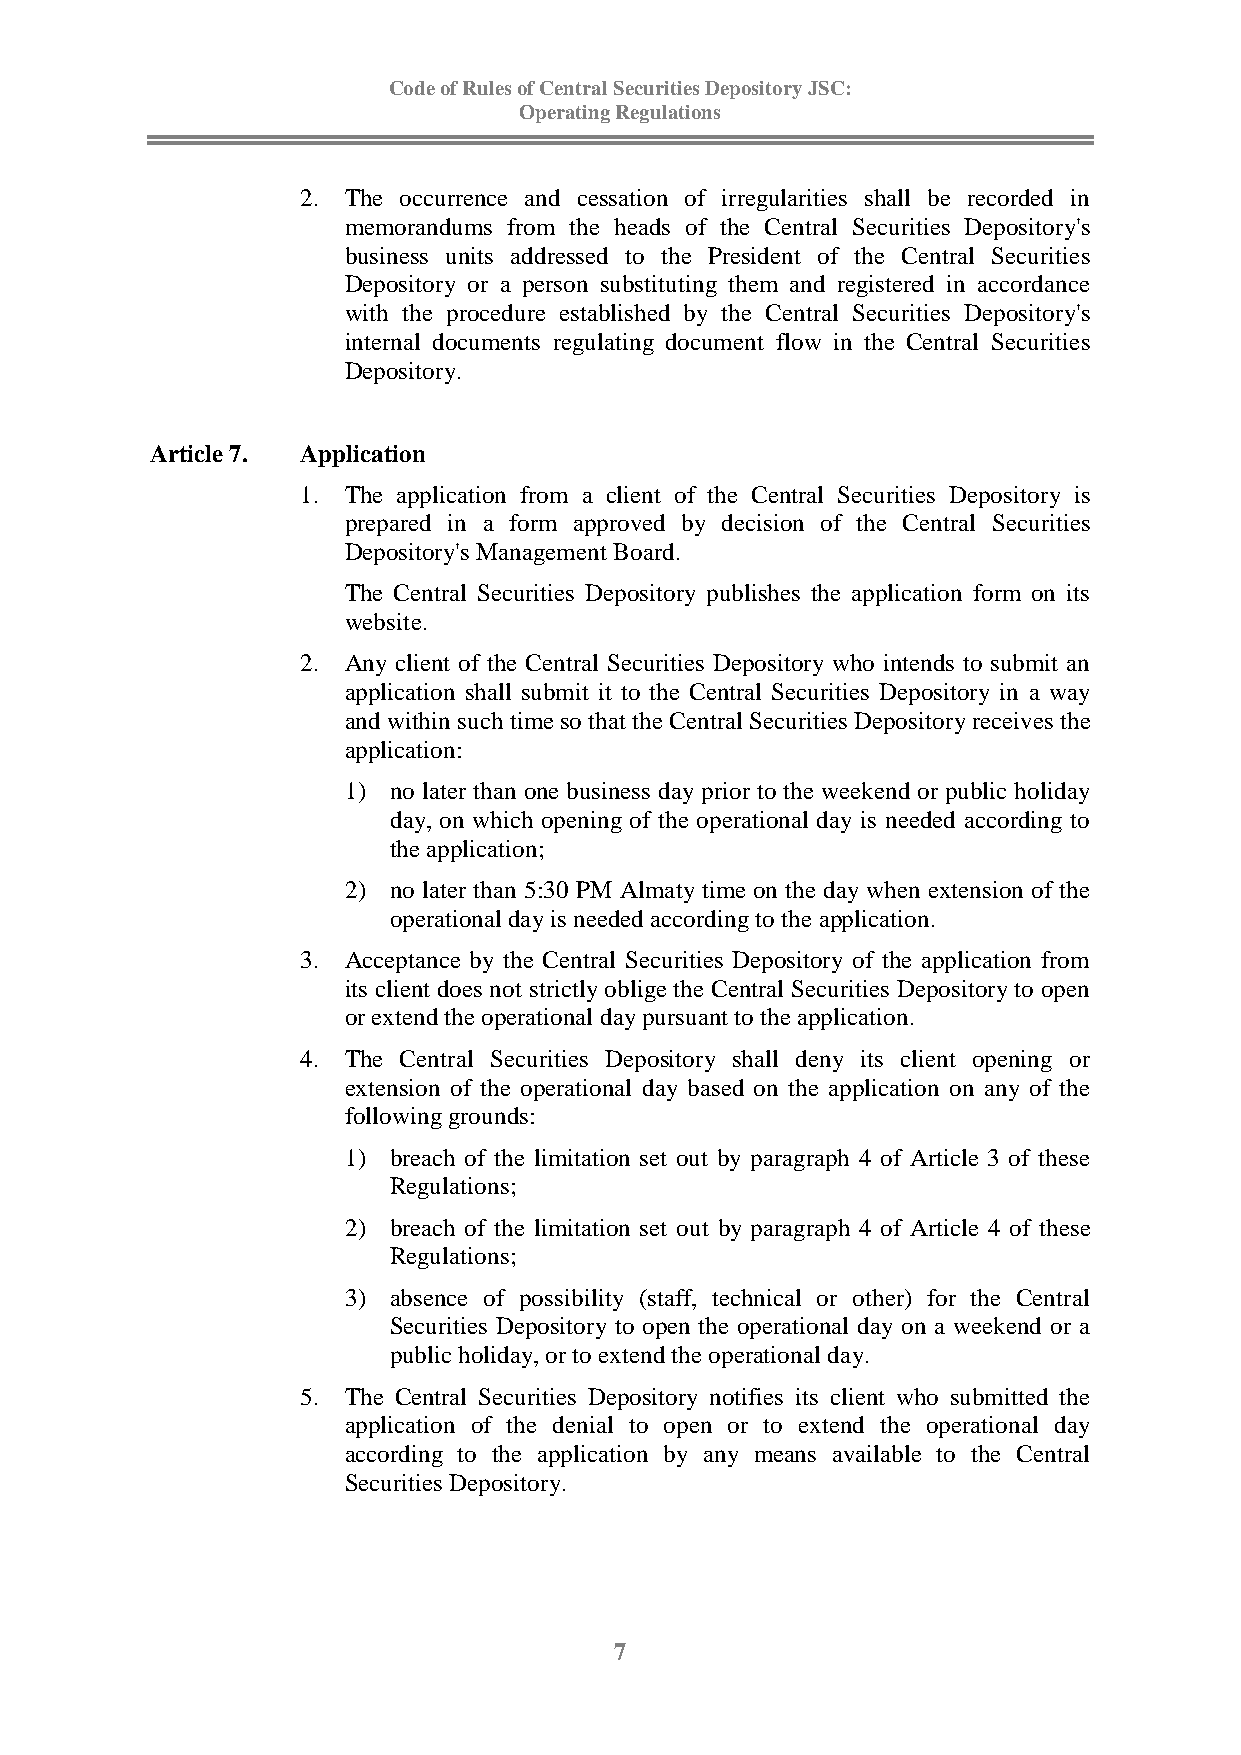
Code of Rules of Central Securities Depository JSC:
 Operating Regulations
 2. The occurrence and cessation of irregularities shall be recorded in
 memorandums from the heads of the Central Securities Depository's
 business units addressed to the President of the Central Securities
 Depository or a person substituting them and registered in accordance
 with the procedure established by the Central Securities Depository's
 internal documents regulating document flow in the Central Securities
 Depository.
 Article 7. Application
 1. The application from a client of the Central Securities Depository is
 prepared in a form approved by decision of the Central Securities
 Depository's Management Board.
 The Central Securities Depository publishes the application form on its
 website.
 2. Any client of the Central Securities Depository who intends to submit an
 application shall submit it to the Central Securities Depository in a way
 and within such time so that the Central Securities Depository receives the
 application:
 1) no later than one business day prior to the weekend or public holiday
 day, on which opening of the operational day is needed according to
 the application;
 2) no later than 5:30 PM Almaty time on the day when extension of the
 operational day is needed according to the application.
 3. Acceptance by the Central Securities Depository of the application from
 its client does not strictly oblige the Central Securities Depository to open
 or extend the operational day pursuant to the application.
 4. The Central Securities Depository shall deny its client opening or
 extension of the operational day based on the application on any of the
 following grounds:
 1) breach of the limitation set out by paragraph 4 of Article 3 of these
 Regulations;
 2) breach of the limitation set out by paragraph 4 of Article 4 of these
 Regulations;
 3) absence of possibility (staff, technical or other) for the Central
 Securities Depository to open the operational day on a weekend or a
 public holiday, or to extend the operational day.
 5. The Central Securities Depository notifies its client who submitted the
 application of the denial to open or to extend the operational day
 according to the application by any means available to the Central
 Securities Depository.
 7